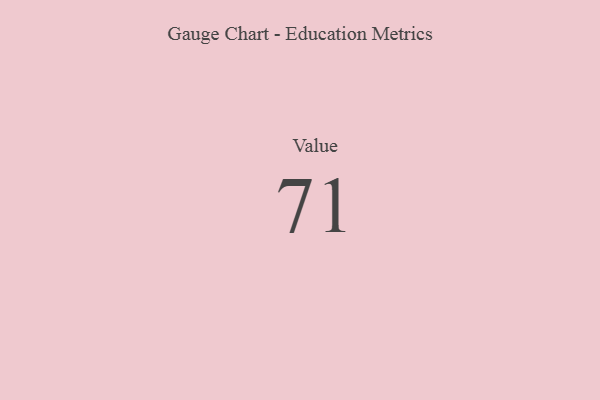
{"axis": {"x": "Metric", "y": "Value"}, "legend": [""], "data": [{"x": "Value", "y": 71, "type": ""}]}